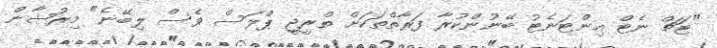
"ޓަޗް ނެޓް އިންޓަނެޓު ބޭނުންކުރާ ފަރާތްތަކަށް ތްރީޖީ ޕްލަސް ވެސް ލިބޭނެ" މިރުޝާން